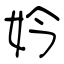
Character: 妗